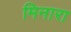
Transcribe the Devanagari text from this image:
मिनारा